Leprosy in India: report of the Leprosy Commission in India, 1890-91
Year: 1890
Disease focus: Leprosy
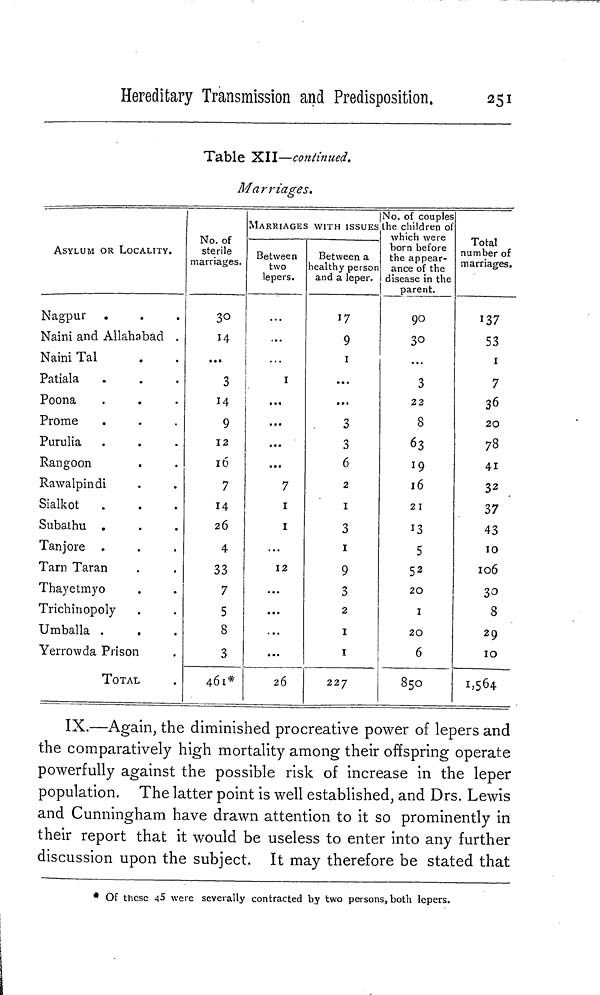
Hereditary Transmission and Predisposition.
251
Table XII—continued.
Marriages.
ASYLUM OR LOCALITY.
Nagpur
Naini and Allahabad .
Naini Tal
Patiala
Poona
Prome
Purulia
Rangoon
Rawalpindi
Sialkot
Subathu .
Tanjore
Tarn Taran
Thayetmyo
Trichinopoly
Umballa .
Yerrowda Prison
TOTAL
No. of
sterile
marriages.
30
14
...
3
14
9
12
16
7
14
26
4
33
7
5
8
3
461*
MARRIAGES WITH ISSUES
Between
two
lepers.
...
1
...
...
...
...
7
1
1
...
12
...
...
...
26
Between a
healthy person
and a leper.
17
9
1
...
...
3
3
6
2
1
3
1
9
3
2
1
1
227
No. of couples
the children of
which were
born before
the appear-
ance of the
disease in the
parent.
90
30
3
22
8
63
19
16
21
13
5
52
20
1
20
6
850
Total
number of
marriages.
137
53
1
7
36
20
78
41
32
37
43
10
106
30
8
29
10
1,564
IX.—Again, the diminished procreative power of lepers and
the comparatively high mortality among their offspring operate
powerfully against the possible risk of increase in the leper
population. The latter point is well established, and Drs. Lewis
and Cunningham have drawn attention to it so prominently in
their report that it would be useless to enter into any further
discussion upon the subject. It may therefore be stated that
* Of these 45 were severally contracted by two persons, both lepers.